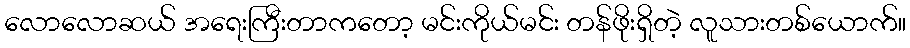
လောလောဆယ် အရေးကြီးတာကတော့ မင်းကိုယ်မင်း တန်ဖိုးရှိတဲ့ လူသားတစ်ယောက်။